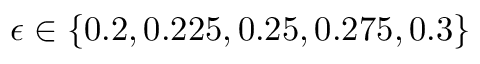
\epsilon \in \lbrace 0 . 2 , 0 . 2 2 5 , 0 . 2 5 , 0 . 2 7 5 , 0 . 3 \rbrace